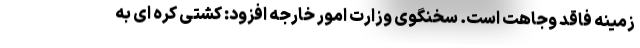
زمینه فاقد وجاهت است. سخنگوی وزارت امور خارجه افزود: کشتی کره ای به